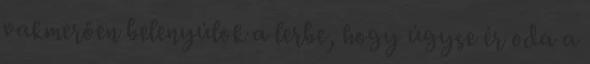
vakmerően belenyúlok a lerbe, hogy úgyse ér oda a